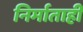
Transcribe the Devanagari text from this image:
निर्माताही